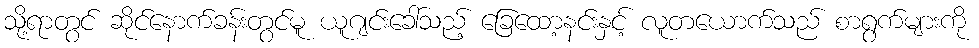
သို့ရာတွင် ဆိုင်နောက်ခန်းတွင်မူ ယူဂျင်းခေါ်သည့် ခြေထော့နင်းနှင့် လူတယောက်သည် စာရွက်များကို